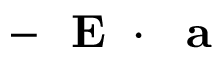
- \mathrm { ~ \bf ~ E ~ } \cdot \mathrm { ~ \bf ~ a ~ }